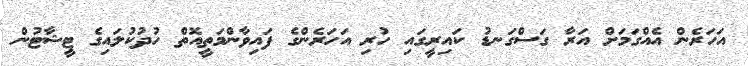
އަހަރެން އެއްގަމަށް އަރާ ގަސްގަނޑު ކައިރީގައި ހުރި އަހަރެންގެ ފައިވާންމަތީއޮތް ހުދުކުލައިގެ ޓީޝާޓުން